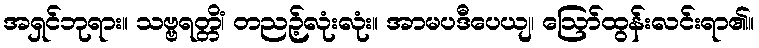
အရှင်ဘုရား။ သဗ္ဗရတ္တိံ၊ တညဉ့်လုံးလုံး။ အာမပဒီပေယျ၊ ဩော်ထွန်းလင်းရာ၏။